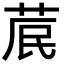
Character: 𮏁